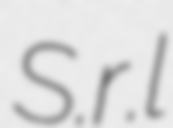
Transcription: S.r.l